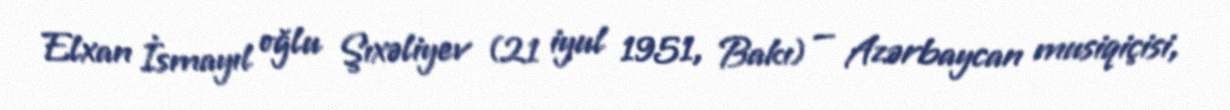
Elxan İsmayıl oğlu Şıxəliyev (21 iyul 1951, Bakı) — Azərbaycan musiqiçisi,